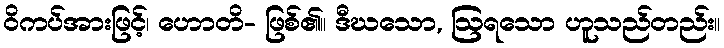
ဝိကပ်အားဖြင့်၊ ဟောတိ- ဖြစ်၏။ ဒီဃသော, ဩရသော ဟူသည်တည်း။